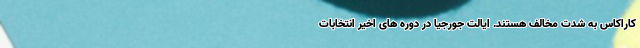
کاراکاس به شدت مخالف هستند. ایالت جورجیا در دوره های اخیر انتخابات